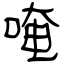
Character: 唵